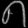
Digit: ၈